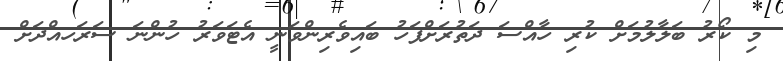
މި ކޯރު ބަލާލުމަށް ކުރި ހާއްސަ ދަތުރަށްފަހު ބައިވެރިންވަނީ އެޓަވަރު ހުންނަ ސަރަހއްދަށް